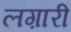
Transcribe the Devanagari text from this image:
लग़ारी